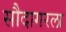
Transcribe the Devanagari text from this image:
सौदागरला